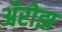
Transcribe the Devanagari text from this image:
ॲरोझ